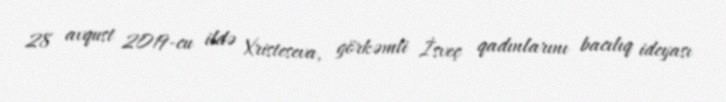
28 avqust 2019-cu ildə Xristeseva, görkəmli İsveç qadınlarını bacılıq ideyası